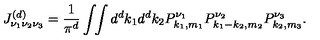
J _ { \nu _ { 1 } \nu _ { 2 } \nu _ { 3 } } ^ { ( d ) } = \frac { 1 } { \pi ^ { d } } \int \! \! \int { d ^ { d } k _ { 1 } d ^ { d } k _ { 2 } } P _ { k _ { 1 } , m _ { 1 } } ^ { \nu _ { 1 } } P _ { k _ { 1 } - k _ { 2 } , m _ { 2 } } ^ { \nu _ { 2 } } P _ { k _ { 2 } , m _ { 3 } } ^ { \nu _ { 3 } } .